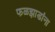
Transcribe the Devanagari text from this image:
फळझाडांना